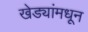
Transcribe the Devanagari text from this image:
खेड्यांमधून